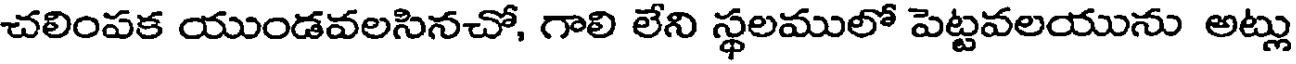
చలింపక యుండవలసినచో, గాలి లేని స్థలములో పెట్టవలయును అట్లు